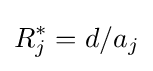
R_{j}^{*}=d/a_{j}